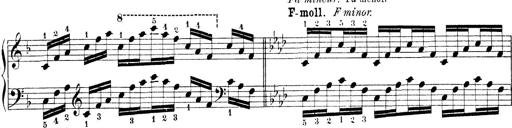
Title: Technische Studien
Composer: Franz Liszt